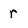
Character: r